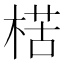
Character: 楛